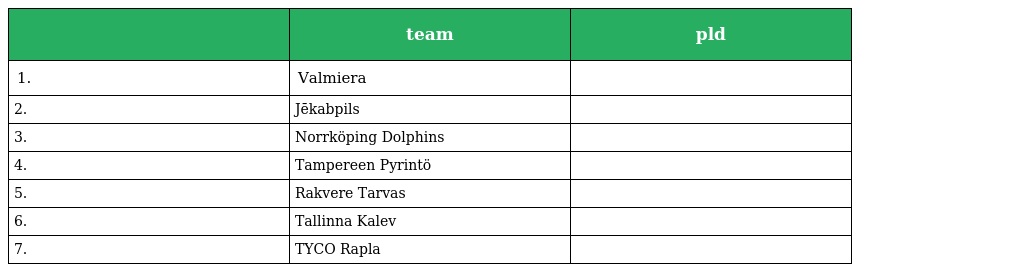
|  | team | pld |
 | --- | --- | --- |
 | 1. | Valmiera |  |
 | 2. | Jēkabpils |  |
 | 3. | Norrköping Dolphins |  |
 | 4. | Tampereen Pyrintö |  |
 | 5. | Rakvere Tarvas |  |
 | 6. | Tallinna Kalev |  |
 | 7. | TYCO Rapla |  |